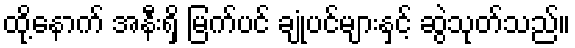
ထို့နောက် အနီးရှိ မြက်ပင် ချုံပင်များနှင့် ဆွဲသုတ်သည်။